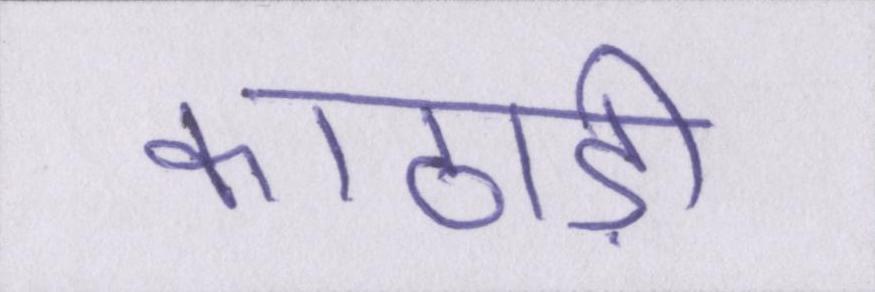
काठाड़ी